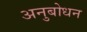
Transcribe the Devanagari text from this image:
अनुबोधन